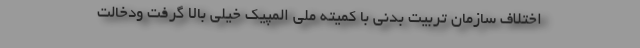
اختلاف سازمان تربیت بدنی با کمیته ملی المپیک خیلی بالا گرفت ودخالت